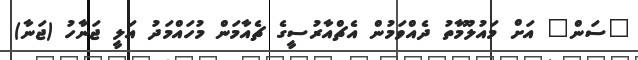
"ސަން" އަށް މައުލޫމާތު ދެއްވަމުން އެޗްއާރުސީގެ ޗެއާމަން މުހައްމަދު އަލީ ޖަނާހު (ޖަނާ)